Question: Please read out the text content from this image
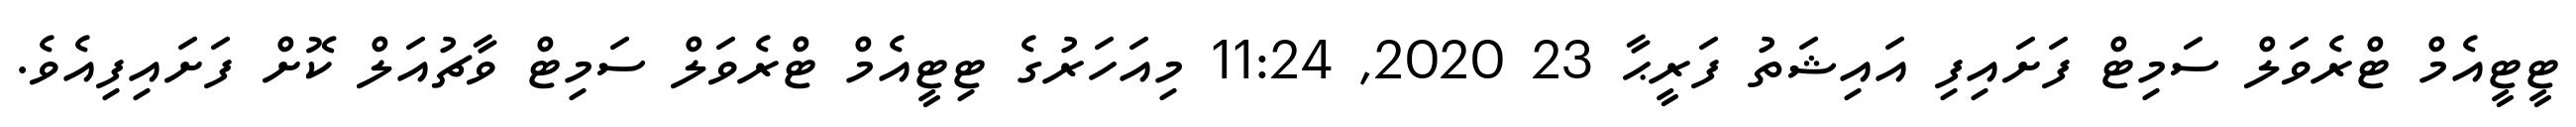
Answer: ޓީޓީއެމް ޓްރެވަލް ސަމިޓް ފަށައިފި އައިޝަތު ފަރީޙާ 23 2020, 11:24 މިއަހަރުގެ ޓިޓީއެމް ޓްރެވަލް ސަމިޓް ވާޗުއަލް ކޮށް ފަށައިފިއެވެ.